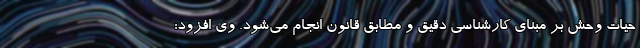
حیات وحش بر مبنای کارشناسی دقیق و مطابق قانون انجام می‌شود. وی افزود: